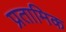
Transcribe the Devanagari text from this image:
प्रतामिक